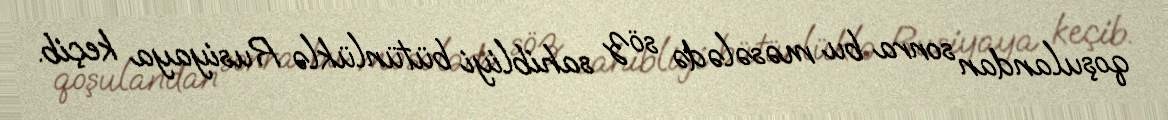
qoşulandan sonra bu məsələdə söz sahibliyi bütünlüklə Rusiyaya keçib.